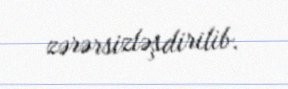
zərərsizləşdirilib.